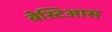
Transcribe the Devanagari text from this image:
बेस्टिआस